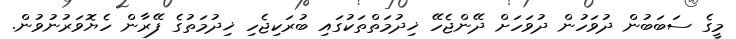
މީގެ ސަބަބުން ދުވަހުން ދުވަހަށް ދޭންޖެހޭ ޚިދުމަތްތަކުގައި ބުރަކިޖެހި ޚިދުމަތުގެ ފޭރާން ހެޔޮވަރުނުވުން.